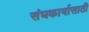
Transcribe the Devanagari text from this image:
संघकार्यासाठी